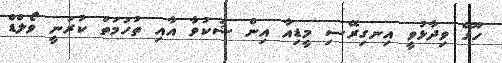
ހޫގޭ ވިދާޅުވީ އިނގިރޭސި މީޑިއާ އިން ޝަކުވާ އާއި ތުހުމަތު ކުރަނީ ވޯލްޑް